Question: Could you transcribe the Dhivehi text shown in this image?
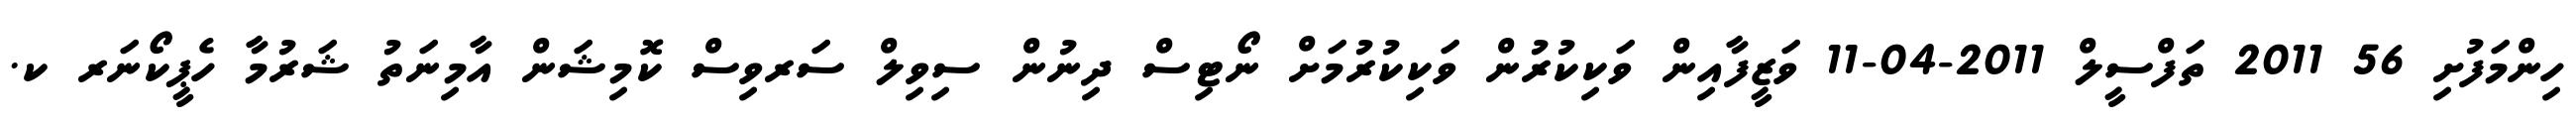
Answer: ހިންމަފުށި 56 2011 ތަފްސީލް 2011-04-11 ވަޒީފާއިން ވަކިކުރުން ވަކިކުރުމަށް ނޯޓިސް ދިނުން ސިވިލް ސަރވިސް ކޮމިޝަން އާމިނަތު ޝަރުމާ ހެޕީކޯނަރ ކ.